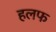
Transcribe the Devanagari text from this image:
हलफ